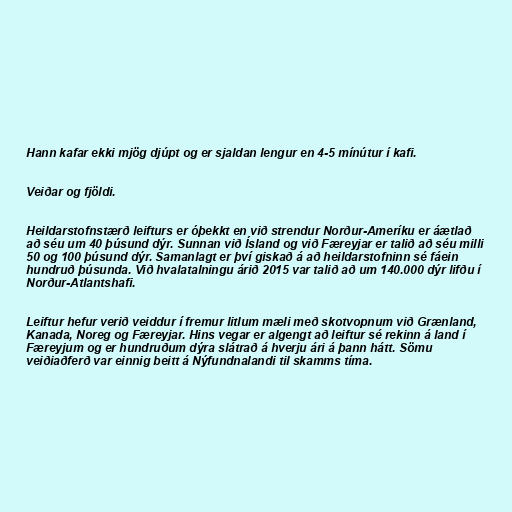
Hann kafar ekki mjög djúpt og er sjaldan lengur en 4-5 mínútur í kafi.

Veiðar og fjöldi.

Heildarstofnstærð leifturs er óþekkt en við strendur Norður-Ameríku er áætlað
að séu um 40 þúsund dýr. Sunnan við Ísland og við Færeyjar er talið að séu milli
50 og 100 þúsund dýr. Samanlagt er því giskað á að heildarstofninn sé fáein
hundruð þúsunda. Við hvalatalningu árið 2015 var talið að um 140.000 dýr lifðu í
Norður-Atlantshafi.

Leiftur hefur verið veiddur í fremur litlum mæli með skotvopnum við Grænland,
Kanada, Noreg og Færeyjar. Hins vegar er algengt að leiftur sé rekinn á land í
Færeyjum og er hundruðum dýra slátrað á hverju ári á þann hátt. Sömu
veiðiaðferð var einnig beitt á Nýfundnalandi til skamms tíma.